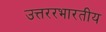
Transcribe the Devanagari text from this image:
उत्तररभारतीय